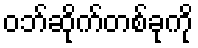
ဝဘ်ဆိုက်တစ်ခုကို